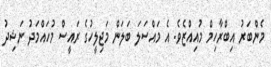
މެންބަރު އިބްރާހިމް މުއިއްޒެވެ. އެ މައްސަލަ ބަލަން މަޖިލީހުގެ ރައީސް މުހައްމަދު ނަޝިދު